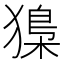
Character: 𤡔